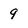
Character: 9